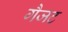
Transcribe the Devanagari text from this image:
गैजट